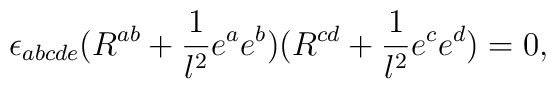
\epsilon_{abcde} (R^{ab} + {1 \over l^2} e^a  e^b)(R^{cd} + {1 \over l^2} e^c  e^d ) = 0,